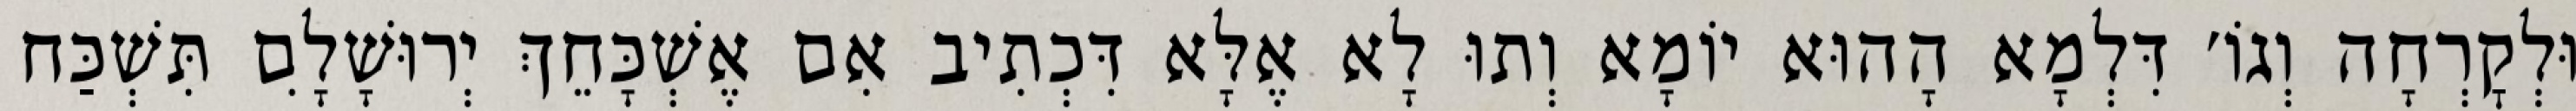
וּלְקׇרְחָה וְגוֹ׳ דִּלְמָא הָהוּא יוֹמָא וְתוּ לָא אֶלָּא דִּכְתִיב אִם אֶשְׁכָּחֵךְ יְרוּשָׁלִָם תִּשְׁכַּח